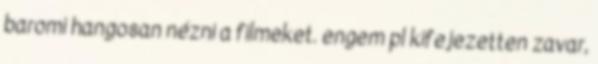
baromi hangosan nézni a filmeket. engem pl kifejezetten zavar,